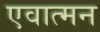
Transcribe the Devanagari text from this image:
एवात्मन